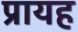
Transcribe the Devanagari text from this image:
प्रायह